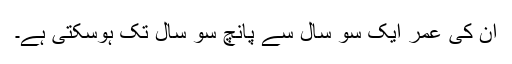
ان کی عمر ایک سو سال سے پانچ سو سال تک ہوسکتی ہے۔